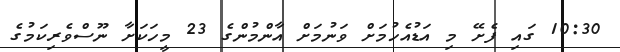
10:30 ގައި ފެށޭ މި އަޑުއެހުމަށް ވަނުމަށް އާންމުންގެ 23 މީހަކަށާ ނޫސްވެރިކަމުގެ